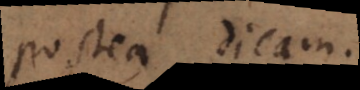
postea dicam.